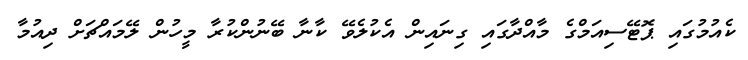
ކެއުމުގައި ޕޮޓޭސިއަމްގެ މާއްދާގައި ގިނައިން އެކުލެވޭ ކާނާ ބޭނުންކުރާ މީހުން ލޭމައްޗަށް ދިއުމާ